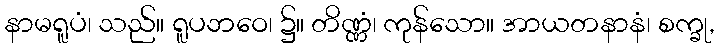
နာမရူပံ၊ သည်။ ရူပဘဝေ၊ ၌။ တိဏ္ဏံ၊ ကုန်သော။ အာယတနာနံ၊ စက္ခု,